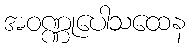
အဝဏ္ဏုပေါသထေန